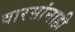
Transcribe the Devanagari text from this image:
वारसांनाही